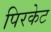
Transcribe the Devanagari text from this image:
पिरकेट